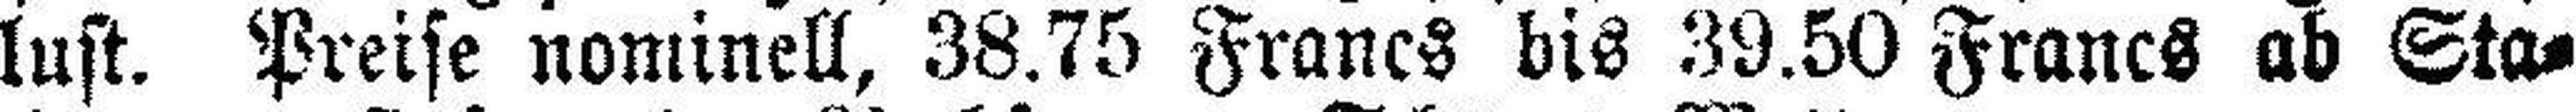
lust. Preise nominell, 38.75 Francs bis 39.50 Francs ab Sta¬